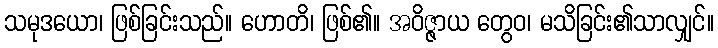
သမုဒယော၊ ဖြစ်ခြင်းသည်။ ဟောတိ၊ ဖြစ်၏။ အဝိဇ္ဇာယ တွေဝ၊ မသိခြင်း၏သာလျှင်။